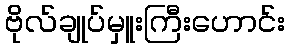
ဗိုလ်ချုပ်မှူးကြီးဟောင်း